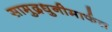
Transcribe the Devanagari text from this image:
सामुद्रधुनीमार्फत